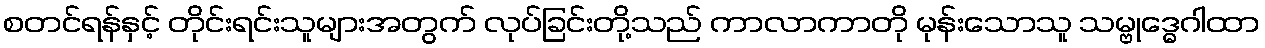
စတင်ရန်နှင့် တိုင်းရင်းသူများအတွက် လုပ်ခြင်းတို့သည် ကာလာကာတို မုန်းသောသူ သမ္ဗုဒ္ဓေဂါထာ